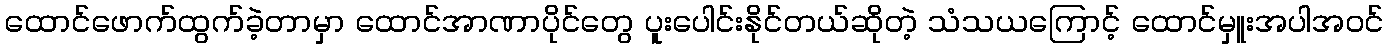
ထောင်ဖောက်ထွက်ခဲ့တာမှာ ထောင်အာဏာပိုင်တွေ ပူးပေါင်းနိုင်တယ်ဆိုတဲ့ သံသယကြောင့် ထောင်မှူးအပါအဝင်